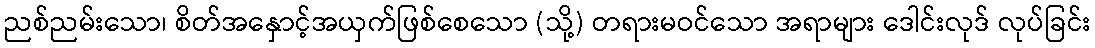
ညစ်ညမ်းသော၊ စိတ်အနှောင့်အယှက်ဖြစ်စေသော (သို့) တရားမဝင်သော အရာများ ဒေါင်းလုဒ် လုပ်ခြင်း